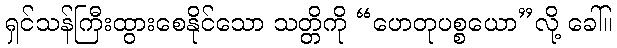
ရှင်သန်ကြီးထွားစေနိုင်သော သတ္တိကို “ဟေတုပစ္စယော”လို့ ခေါ်။